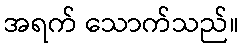
အရက် သောက်သည်။